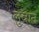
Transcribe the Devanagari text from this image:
लुबान